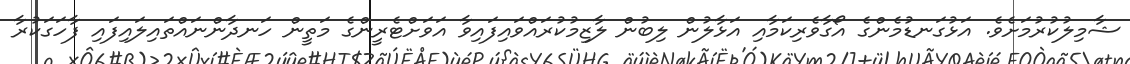
ޝާމިލުކުރުމަށެވެ. އަޅުގަނޑުމެންގެ އޯގާވެރިކަމާއި އަޅާލުން ލިބުން ލާޒިމުކުރައްވައިފައިވާ އަވަށްޓެރީންގެ މަތީން ހަނދާންނައްތައިލައިފައި ފާހަގަކުރާ